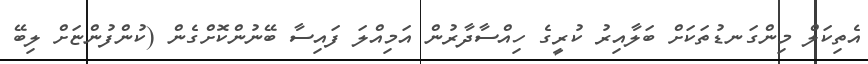
އެތިކަލް މިންގަނޑުތަކަށް ބަލާއިރު ކުރީގެ ހިއްސާދާރުން އަމިއްލަ ފައިސާ ބޭނުންކޮށްގެން (ކުންފުންޏަށް ލިބޭ